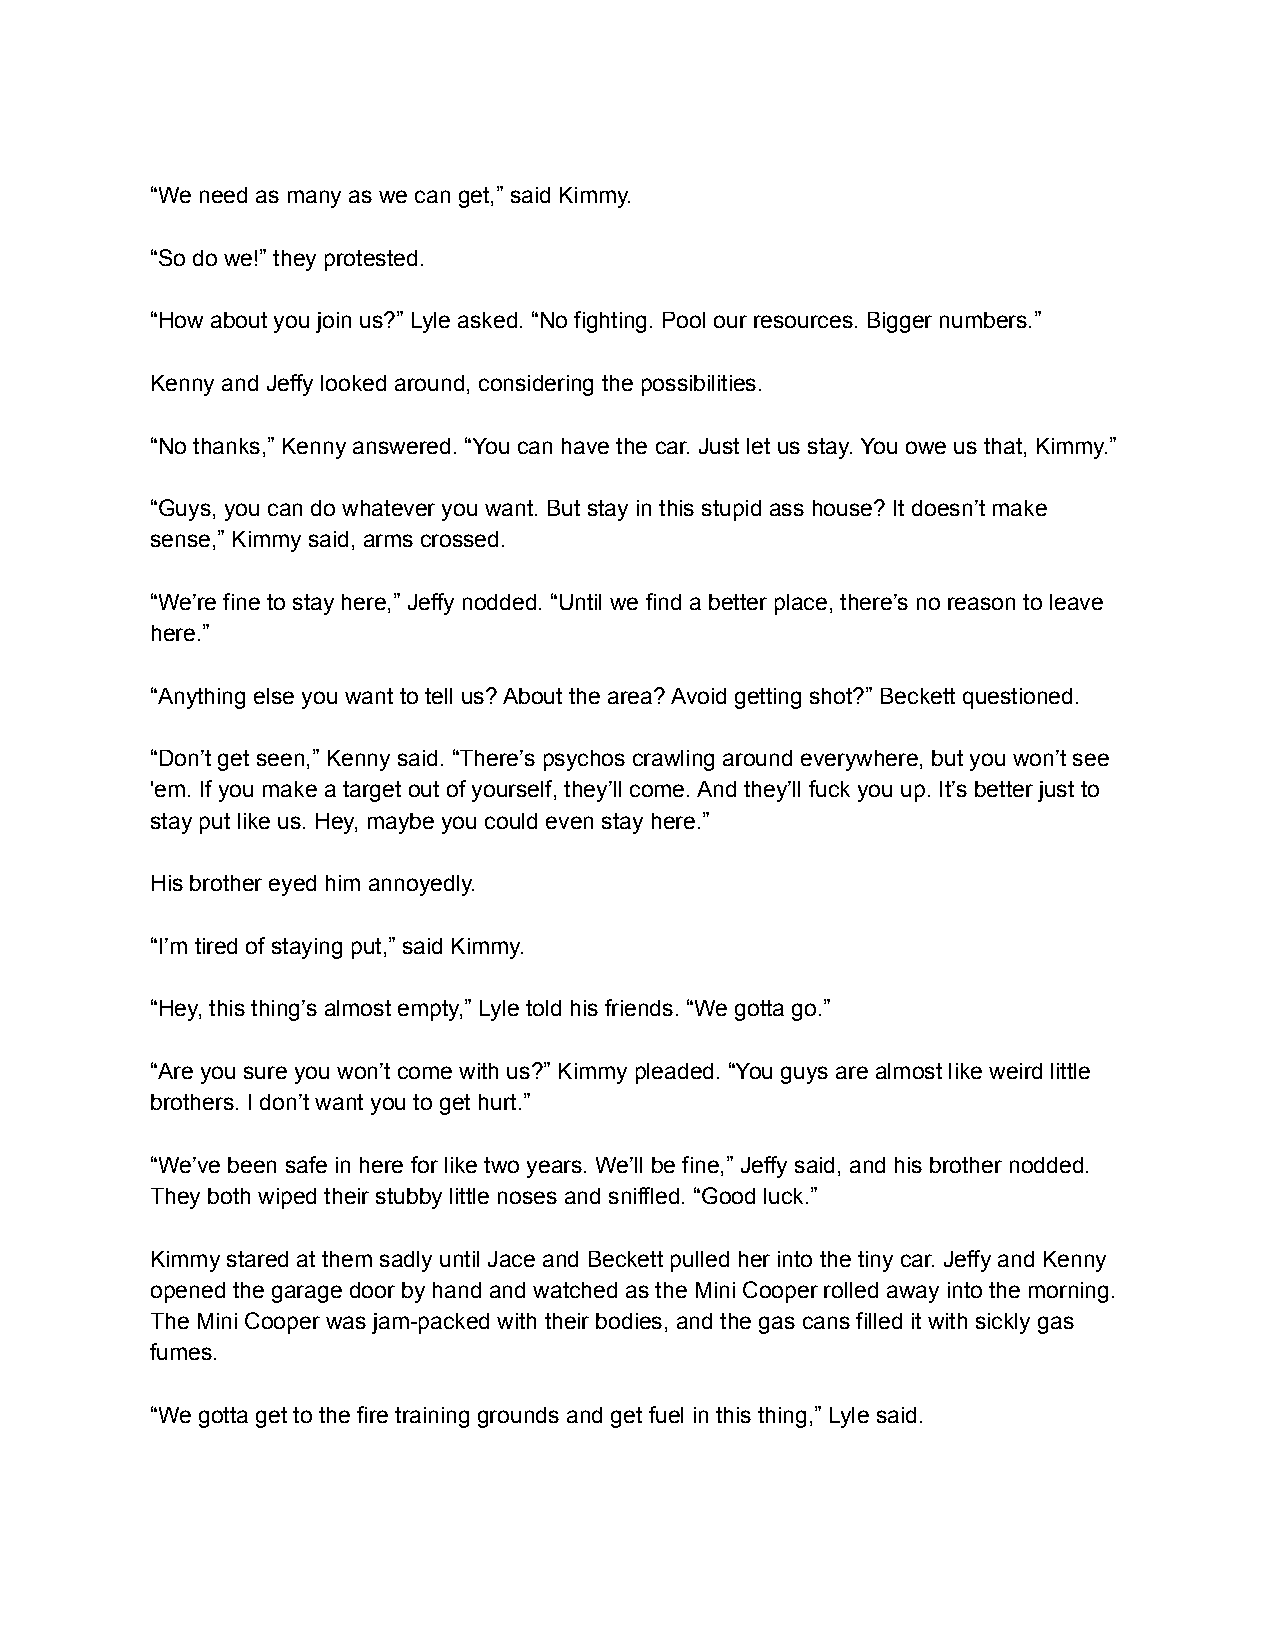
“We need as many as we can get,” said Kimmy.
 “So do we!” they protested.
 “How about you join us?” Lyle asked. “No fighting. Pool our resources. Bigger numbers.”
 Kenny and Jeffy looked around, considering the possibilities.
 “No thanks,” Kenny answered. “You can have the car. Just let us stay. You owe us that, Kimmy.”
 “Guys, you can do whatever you want. But stay in this stupid ass house? It doesn’t make
 sense,” Kimmy said, arms crossed.
 “We’re fine to stay here,” Jeffy nodded. “Until we find a better place, there’s no reason to leave
 here.”
 “Anything else you want to tell us? About the area? Avoid getting shot?” Beckett questioned.
 “Don’t get seen,” Kenny said. “There’s psychos crawling around everywhere, but you won’t see
 'em. If you make a target out of yourself, they’ll come. And they’ll fuck you up. It’s better just to
 stay put like us. Hey, maybe you could even stay here.”
 His brother eyed him annoyedly.
 “I’m tired of staying put,” said Kimmy.
 “Hey, this thing’s almost empty,” Lyle told his friends. “We gotta go.”
 “Are you sure you won’t come with us?” Kimmy pleaded. “You guys are almost like weird little
 brothers. I don’t want you to get hurt.”
 “We’ve been safe in here for like two years. We’ll be fine,” Jeffy said, and his brother nodded.
 They both wiped their stubby little noses and sniffled. “Good luck.”
 Kimmy stared at them sadly until Jace and Beckett pulled her into the tiny car. Jeffy and Kenny
 opened the garage door by hand and watched as the Mini Cooper rolled away into the morning.
 The Mini Cooper was jam-packed with their bodies, and the gas cans filled it with sickly gas
 fumes.
 “We gotta get to the fire training grounds and get fuel in this thing,” Lyle said.